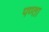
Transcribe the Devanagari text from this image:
पण्ता